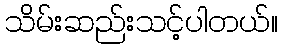
သိမ်းဆည်းသင့်ပါတယ်။